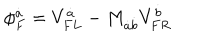
LaTeX: \phi _ { F } ^ { \dot { a } } = V _ { F L } ^ { \dot { a } } - M _ { \dot { a } \dot { b } } V _ { F R } ^ { \dot { b } }